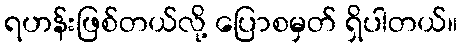
ရဟန်းဖြစ်တယ်လို့ ပြောစမှတ် ရှိပါတယ်။